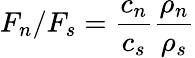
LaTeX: F_{n}/F_{s}=\frac{c_{n}}{c_{s}}\frac{\rho_{n}}{\rho_{s}}